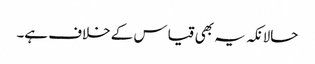
حالانکہ یہ بھی قیاس کے خلاف ہے۔